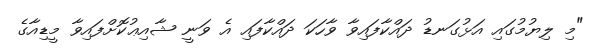
"މި ލިޔުމުގައި އަޅުގަނޑު ދައްކާފައިވާ ވާހަކަ ދައްކާފައި އެ ވަނީ ޝާއިޢުކޮށްފައިވާ މީޑިއާގެ